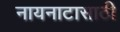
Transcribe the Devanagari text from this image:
नायनाटासाठी